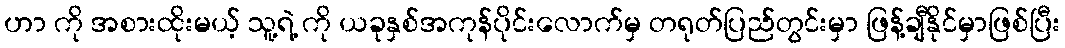
ဟာ ကို အစားထိုးမယ့် သူ့ရဲ့ ကို ယခုနှစ်အကုန်ပိုင်းလောက်မှ တရုတ်ပြည်တွင်းမှာ ဖြန့်ချီနိုင်မှာဖြစ်ပြီး